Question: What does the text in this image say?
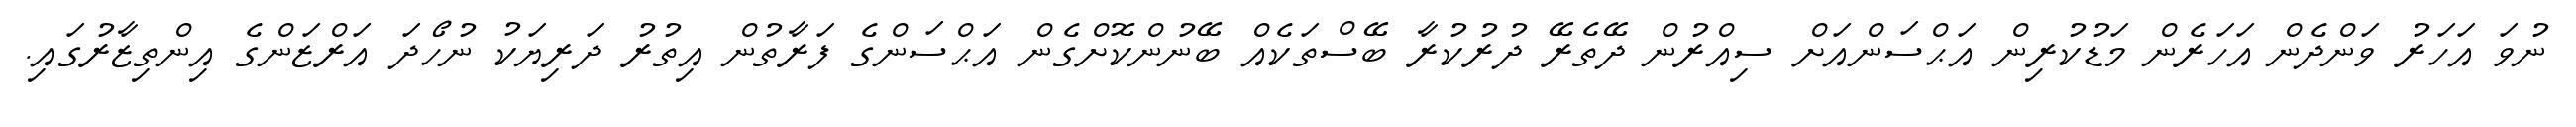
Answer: ނުވަ އަހަރު ވަންދެން އަހަރެން މަޑުކުރިން އަޙްސަންއަށް ސިއްރުން ދޭތެރޭ ދުރުކުރާ ބޭސްތަކެއް ބޭނުންކޮށްގެން އަޙްސަންގެ ފަރާތުން އިތުރު ދަރިޔަކު ނުހޯދަ އަރްޒަންގެ އިންތިޒާރުގައި.